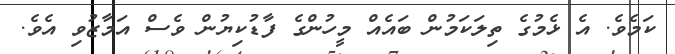
ކަމެވެ. އެ ޅެމުގެ ތިލަކަމުން ބައެއް މީހުންގެ ފާޑުކިޔުން ވެސް އަމާޒުވި އެވެ.